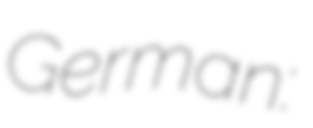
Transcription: German: